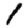
Digit: 1